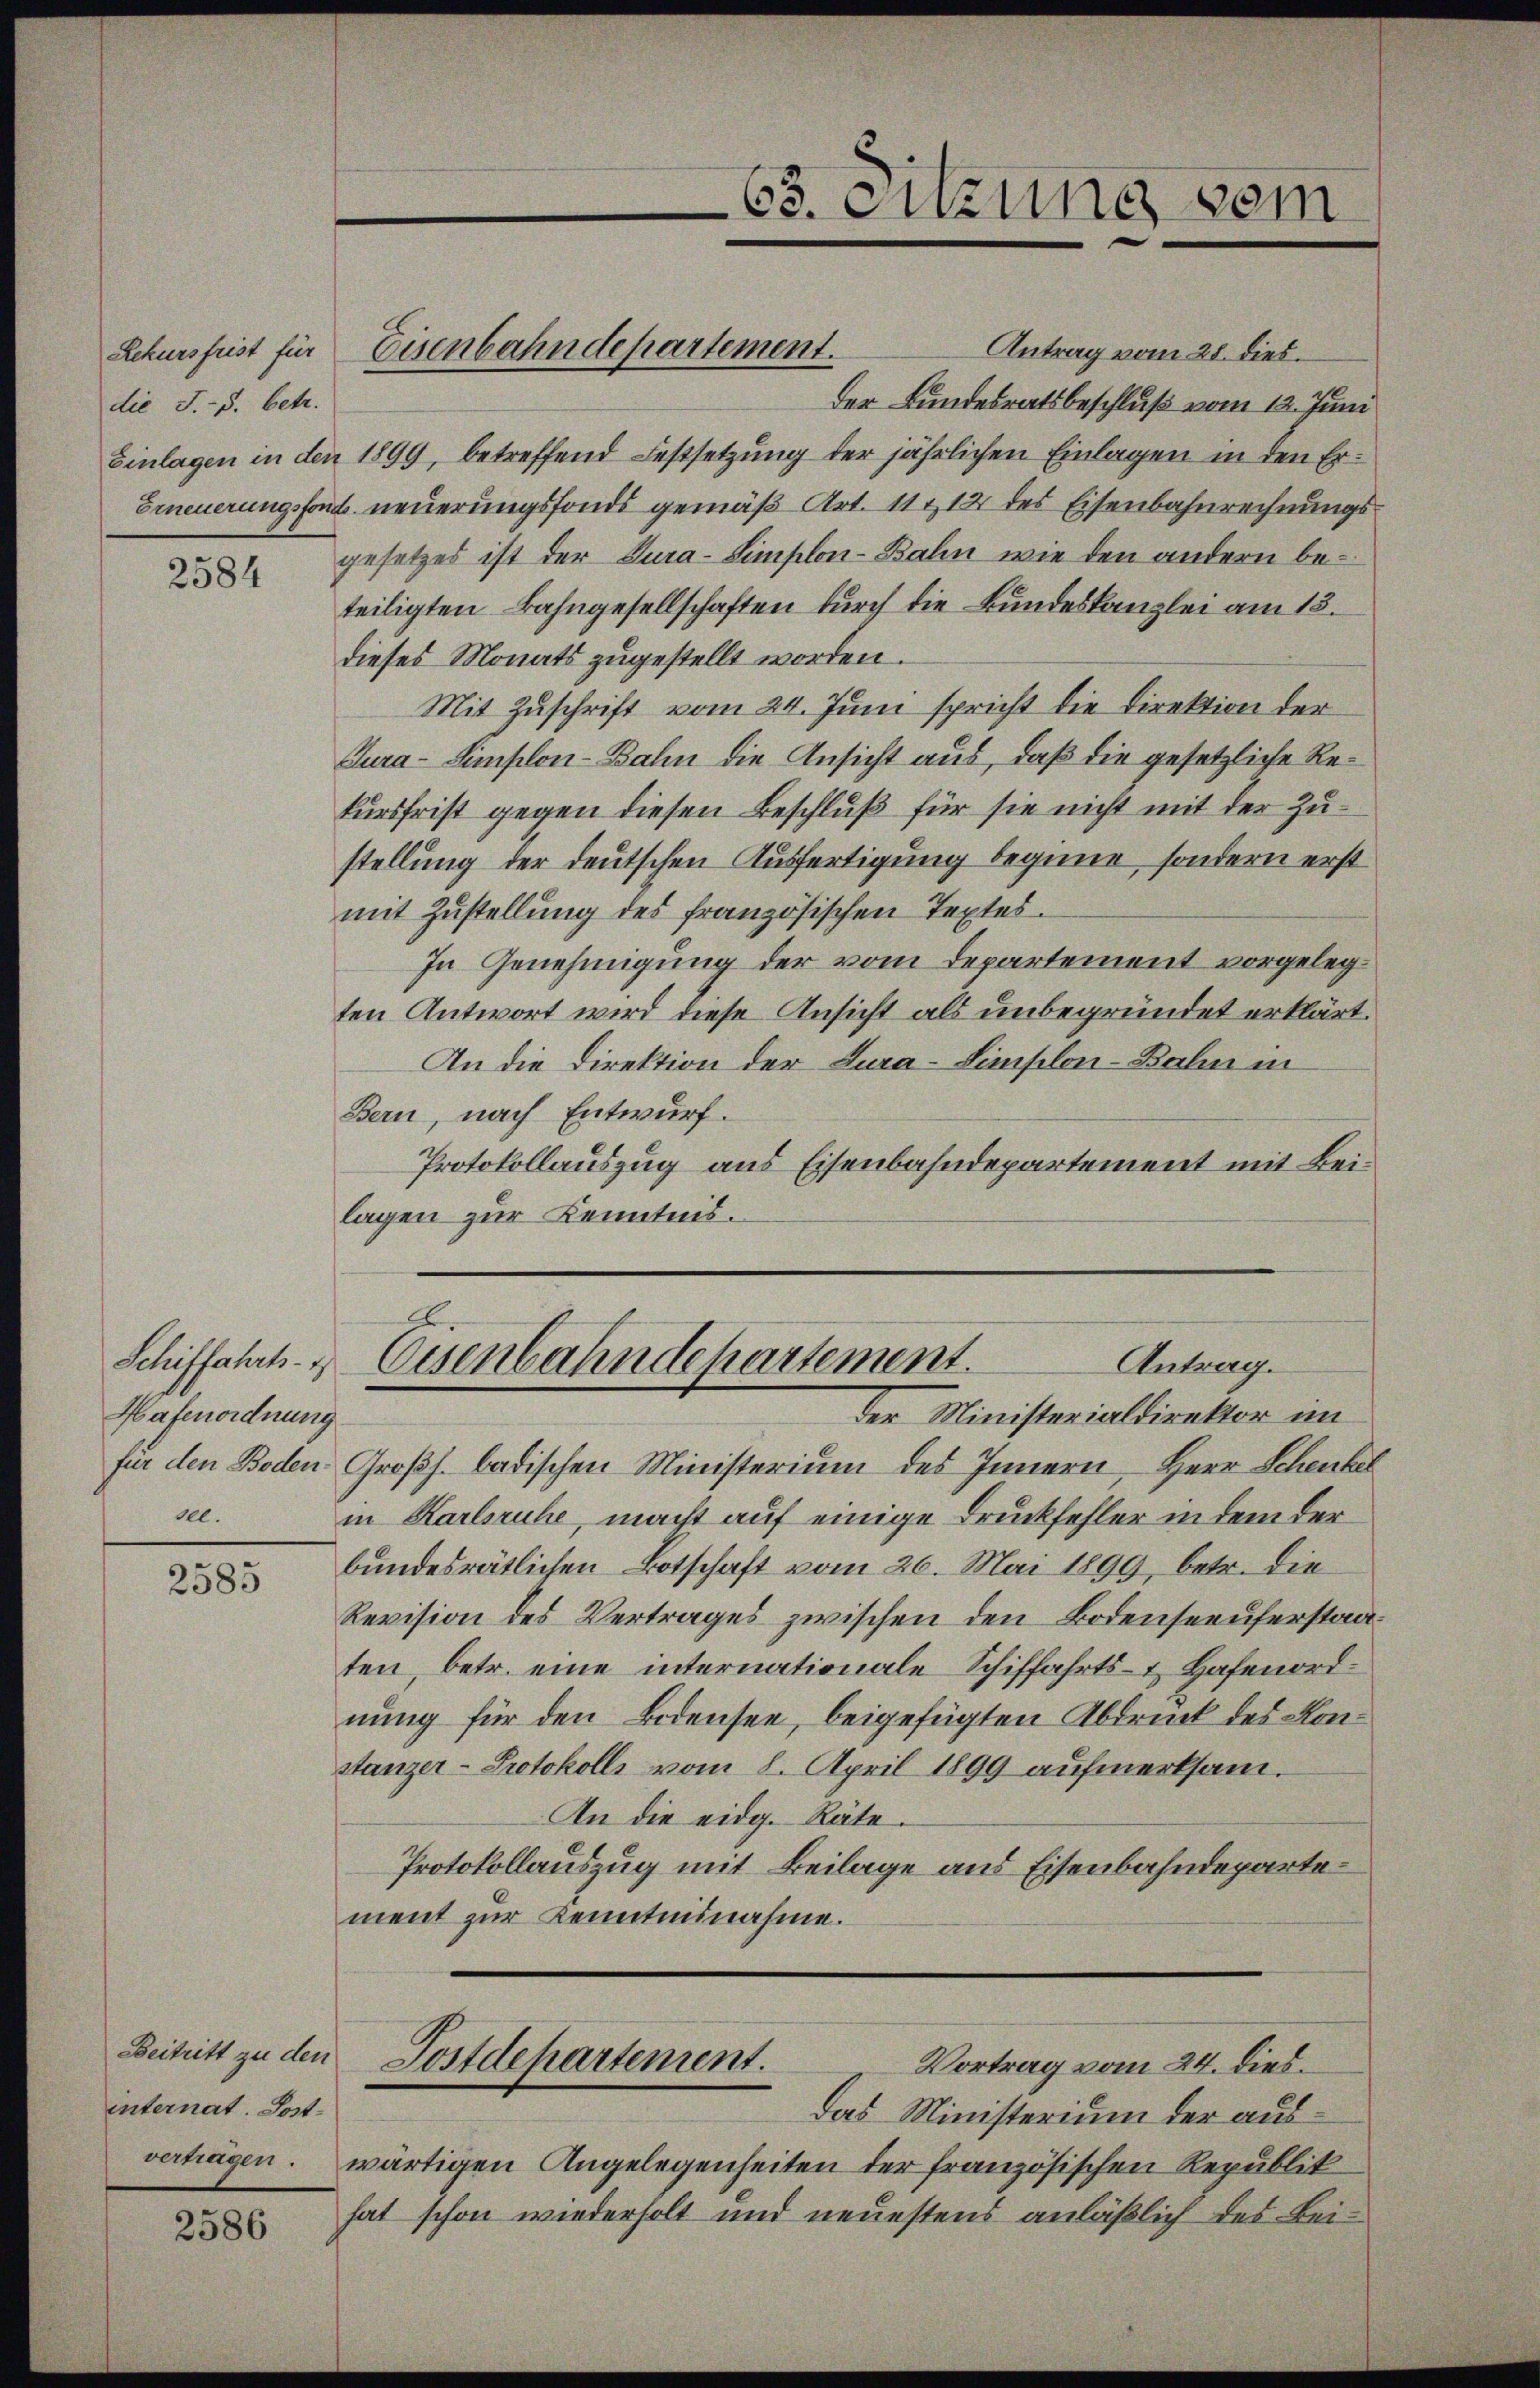
die J.-S. betr.

2584

Hafenordnung
ell.

2585

internat. Post¬

2586

Antrag vom 28. dies
der Bundesratsbeschluß vom 12. Juni
Einlagen in den 1899, betreffend Festsetzung der jährlichen Einlagen in den Er¬
Erneuerungsfonds neuerungsfonds gemäß Art. 11 & 12 des Eisenbahnrechnungs
gesetzes ist der Cura-Simplon-Bahn wie den andern beteiligten Bahngesellschaften durch die Bundeskanzlei am 18.
dieses Monats zugestellt worden.
Mit Zuschrift vom 24. Juni spricht die Direktion der
Gura-Simplon-Bahn die Ansicht aus, daß die gesetzliche Rekursfrist gegen diesen Beschluß für sie nicht mit der Zustellung der deutschen Ausfertigung begine, sondern erst
mit Zustellung des französischen Textes.
In Genehmigung der vom Departement vorgelegten Antwort wird diese Ansicht als unbegründet erklärt.
An die Direktion der Lura-Simplon-Bahn in
Bern, nach Entwurf.
Protokollauszug aus Eisenbahndepartement mit Beilagen zur Kenntnis.

Rekursfrist für Eisenbahndepartement.

65. Sitzung vom

J
Schiffahrts- & Eisenbahndepartement.
Antrag.
der Ministerialdirektor im

Das Ministerium der ausvertragen. wärtigen Angelegenheiten der französischen Republik
hat schon wiederholt und neuestens anläßlich des Bei¬

Beitritt zu den Postdepartement.
Vortrag vom 24. Died.

für den Boden Großh. badischen Ministerium des Innern, Herr Schenkel
in Karlsruhe, macht auf einige Druckfehler in dem der
bundesrätlichen Botschaft vom 26. Mai 1899, betr. die
Revision des Vertrages zwischen den Bodenseeuferstaaten, betr. eine internationale Schiffahrts- & Hafenordnung für den Bodensee, beigefügten Abdruck des Konstanzer-Protokolls vom 8. April 1899 aufmerksam¬
An die eidg. Räte.
Protokollauszug mit Beilage aus Eisenbahndepartement zur Kenntninahme.